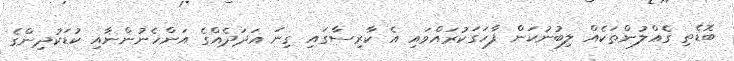
ބޮޑެތި ގެއްލުންތަކެއް ލިބުނުކަން ފާހަގަކުރައްވައި އެ ކާރިސާގައި ގިނަ އަދަދެއްގެ އަންހެނުންނާއި ކުޑަކުދިންގެ